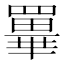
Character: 𦌂